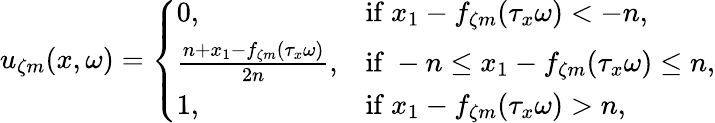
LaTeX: u_{\zeta m}(x,\omega)=\left\{ \begin{array}{ll}{0,}&{\mathrm{if~}x_{1}-f_{\zeta m}(\tau_{x}\omega)<-n,}\\ {\frac{n+x_{1}-f_{\zeta m}(\tau_{x}\omega)}{2n},}&{\mathrm{if~}-n\leq x_{1}-f_{\zeta m}(\tau_{x}\omega)\leq n,}\\ {1,}&{\mathrm{if~}x_{1}-f_{\zeta m}(\tau_{x}\omega)>n,}\end{array}\right.